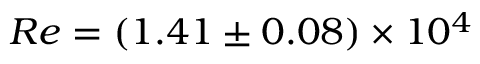
R e = ( 1 . 4 1 \pm 0 . 0 8 ) \times 1 0 ^ { 4 }